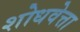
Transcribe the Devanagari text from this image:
शोधवेत्ता